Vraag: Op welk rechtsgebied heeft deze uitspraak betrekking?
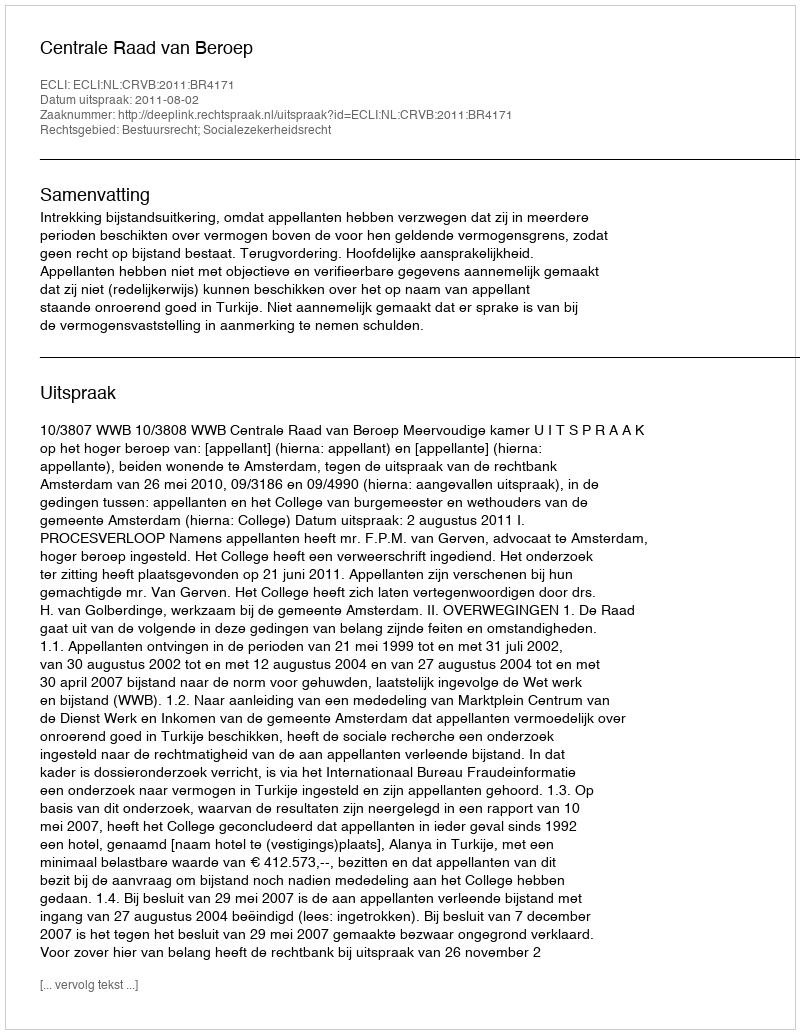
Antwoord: Bestuursrecht; Socialezekerheidsrecht